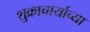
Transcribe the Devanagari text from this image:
शुक्राचार्याच्या